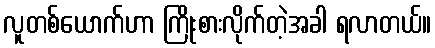
လူတစ်ယောက်ဟာ ကြိုးစားလိုက်တဲ့အခါ ရလာတယ်။